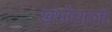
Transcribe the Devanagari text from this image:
खंभोंवाला